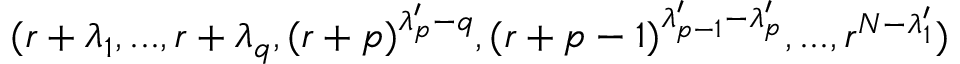
( r + \lambda _ { 1 } , . . . , r + \lambda _ { q } , ( r + p ) ^ { \lambda _ { p } ^ { \prime } - q } , ( r + p - 1 ) ^ { \lambda _ { p - 1 } ^ { \prime } - \lambda _ { p } ^ { \prime } } , . . . , r ^ { N - \lambda _ { 1 } ^ { \prime } } )